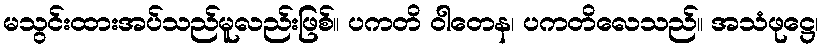
မသွင်းထားအပ်သည်မူလည်းဖြစ်။ ပကတိ ဝါတေန၊ ပကတိလေသည်။ အသံဖုဋ္ဌေ၊